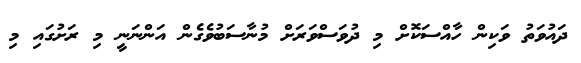
ދައުވަތު ވަކިން ހާއްސަކޮށް މި ދުވަސްވަރަށް މުނާސަބުވެގެން އަންނަނީ މި ރަށުގައި މި